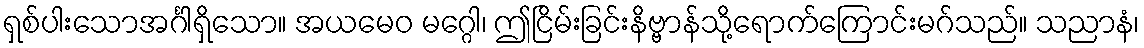
ရှစ်ပါးသောအင်္ဂါရှိသော။ အယမေဝ မဂ္ဂေါ၊ ဤငြိမ်းခြင်းနိဗ္ဗာန်သို့ရောက်ကြောင်းမဂ်သည်။ သညာနံ၊